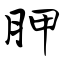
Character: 胛